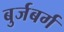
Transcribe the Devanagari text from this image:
बुर्जबर्ग